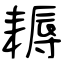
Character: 耨